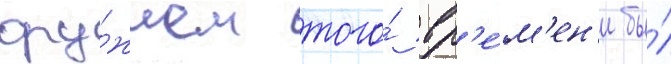
ору́жием того́ вр'е́м'ен'и бы́л